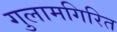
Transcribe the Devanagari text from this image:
गुलामगिरित